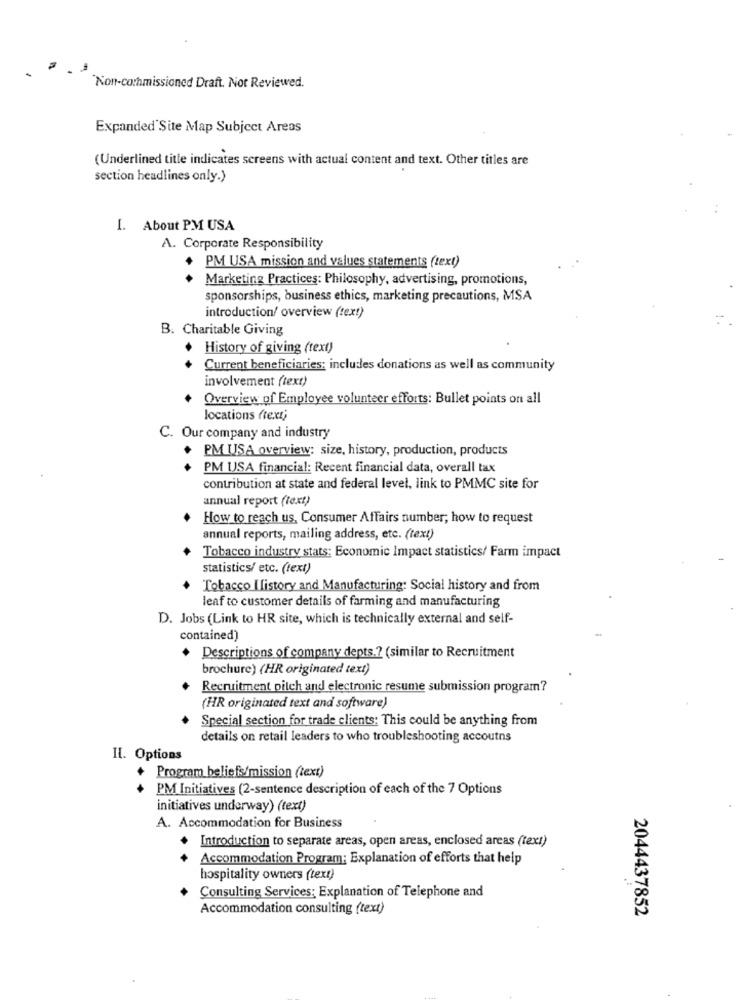
Non-commissioned Draft. Not Reviewed.
Expanded Site Map Subject Areas
(Underlined title indicates screens with actual content and text. Other titles are
section headlines only.)
I. About PM USA
A. Corporate Responsibility
PM USA mission and values statements (text)
Marketing Practices: Philosophy, advertising, promotions,
sponsorships, business ethics, marketing precautions, MSA
introduction/ overview (tex!)
B. Charitable Giving
History of giving (text)
Current beneficiaries: includes donations as well as community
involvement (text)
Overview of Employee volunteer efforts: Bullet points on all
locations frexti
C. Our company and industry
. PM USA overview: size, history, production, products
PM USA financial: Recent financial data, overall tax
contribution at state and federal level, link to PMMC site for
annual report (text)
How to reach us, Consumer Affairs number; how to request
annual reports, mailing address, etc. (text)
Tobacco industry stats: Economic Impact statistics/ Farm impact
statistics/ etc. (text)
Tobacco Ilistory and Manufacturing: Social history and from
leaf to customer details of farming and manufacturing
D. Jobs (Link to HR site, which is technically external and self-
contained)
Descriptions of company depts .? (similar to Recruitment
brochure) (HR originated text)
Recruitment pitch and electronic resume submission program?
(HR originated text and software)
Special section for trade clients: This could be anything from
details on retail leaders to who troubleshooting accoutns
Il. Options
Program beliefs/mission (text)
PM Initiatives (2-sentence description of each of the 7 Options
initiatives underway) (text)
A. Accommodation for Business
Introduction to separate areas, open areas, enclosed areas (text)
Accommodation Program: Explanation of efforts that help
hospitality owners (text)
Consulting Services: Explanation of Telephone and
Accommodation consulting (text)
2044437852